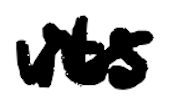
Text: its
Cross-out: wave
Writing tool: digital_black